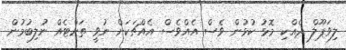
ލިވަޕޫލް ދެއްކި މޮޅު ކުޅުން ވެސް އެއްވެސް އެއްޗަކަށް ނުވީ ތަށްޓެއް ނުލިބުމުން